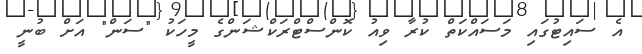
އެ ސައިޓުގައި މަސައްކަތް ކުރާ ވިއު ކޮންސްޓްރަކްޝަންގެ މީހަކު "ސަން" އަށް ބުނީ